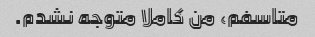
متاسفم، من کاملا متوجه نشدم.